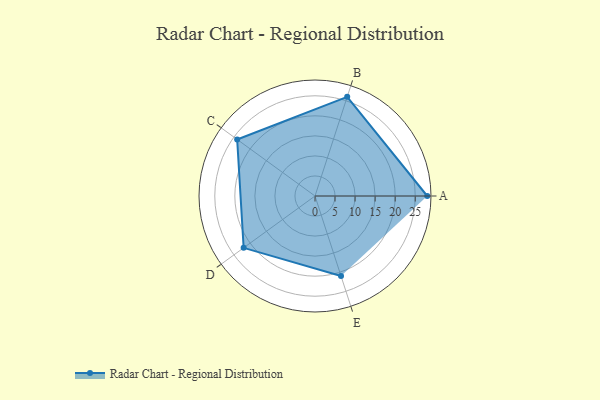
{"axis": {"x": "Skill", "y": "Score"}, "legend": ["Profile"], "data": [{"x": "A", "y": 28.0, "type": "Profile"}, {"x": "B", "y": 26.0, "type": "Profile"}, {"x": "C", "y": 24.0, "type": "Profile"}, {"x": "D", "y": 22.0, "type": "Profile"}, {"x": "E", "y": 21.0, "type": "Profile"}]}